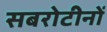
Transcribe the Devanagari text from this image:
सबरोटीनों